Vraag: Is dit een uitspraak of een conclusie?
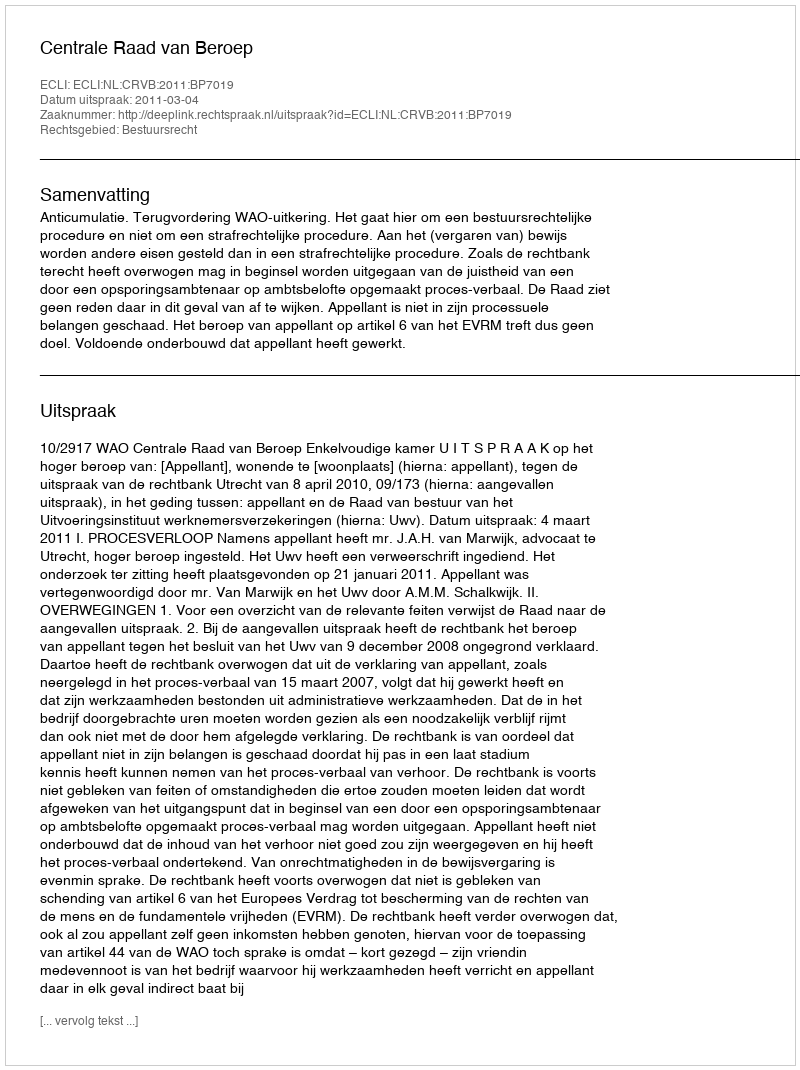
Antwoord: Uitspraak